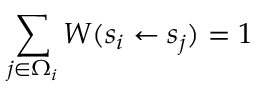
\sum _ { j \in \Omega _ { i } } W ( s _ { i } \gets s _ { j } ) = 1